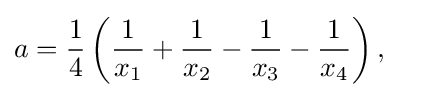
a={\frac {1}{4}}\left({\frac {1}{x_{1}}}+{\frac {1}{x_{2}}}-{\frac {1}{x_{3}}}-{\frac {1}{x_{4}}}\right),\quad